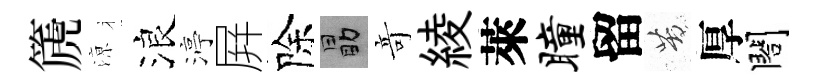
篪鿌浪渟屛除勗竒綾萊瞳留苦厚閤